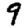
Digit: 9